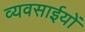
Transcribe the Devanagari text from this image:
व्यवसाईयों